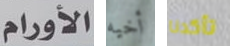
الأورام أخيه تأكدنا